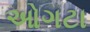
ઓગટા